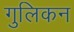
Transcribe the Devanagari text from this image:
गुलिकन